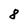
Character: 8